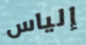
إلياس